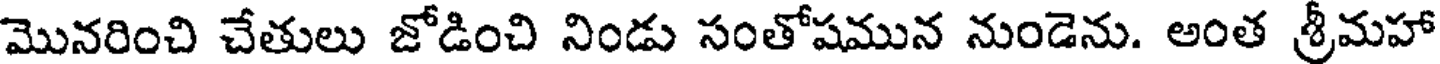
మొనరించి చేతులు జోడించి నిండు సంతోషమున నుండెను. అంత శ్రీమహా